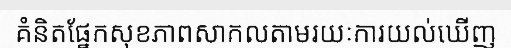
គំនិតផ្នែកសុខភាពសាកលតាមរយៈការយល់ឃើញ